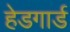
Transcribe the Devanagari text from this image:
हेडगार्ड